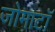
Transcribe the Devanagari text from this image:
जोमाटॉ